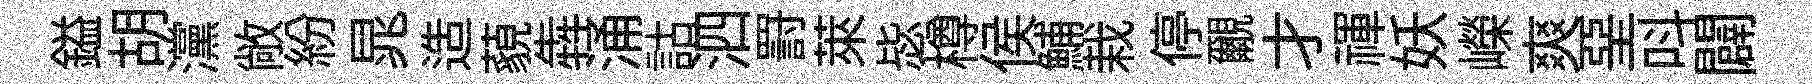
鎰胡灙敞紛晁造藐犇涌詁泗罸萊毖樽侯鯆栽停覼才禈妖嶸爽堊呌闢